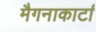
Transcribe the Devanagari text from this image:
मैगनाकार्टा